system: You are a helpful assistant.
user:
Analyze the provided spectrum to determine if it is a **"Cataclysmic Variables (CV)"**.

- **Key Indicators for CV (Check for either state):**
    - **State 1: Quiescent / Low-State (Emission-Dominated)**
        - **(Primary):** Strong and *very broad* Hydrogen Balmer emission lines (e.g., $H\alpha$ at 6563 Å, $H\beta$ at 4861 Å). The 'broadness' (high velocity dispersion, often FWHM > 1000 km/s) is the key diagnostic, indicating a high-velocity accretion disk.
        - **(Secondary):** Broad neutral Helium (He I) emission lines (e.g., 5876 Å, 6678 Å).
        - **(Key Confirmation):** Presence of high-excitation *ionized* Helium (He II) emission at 4686 Å. This is a strong indicator of accretion onto a white dwarf.
        - **(Line Profile):** Emission lines may exhibit a 'double-peaked' profile, which is a classic signature of a rotating accretion disk viewed at high inclination.

    - **State 2: Outburst / High-State (Absorption-Dominated)**
        - **(Primary):** Spectrum is dominated by a bright, blue continuum (looks like a hot star).
        - **(Secondary):** The emission lines from State 1 are weak, absent, or 'filled in', and are replaced by broad, shallow *absorption* lines (primarily Balmer and He I).
        - **(Morphology):** The overall spectrum mimics a hot B/A-type star. The crucial difference is that the absorption lines are significantly broader, shallower, and more 'washed-out' (or 'smeared') than the sharp lines of a normal stellar photosphere, due to high rotational speeds and pressure broadening in the disk.

Think first, call **spectral_visualization_tool** if needed to examine features in detail, then provide your final answer. Your response must adhere to the following strict rules:
1.  **Overall Structure:** Your response must follow the format `<think>...</think> <tool_call>...</tool_call> (if a tool is used) <answer>...</answer>`.
2.  **Tool Usage Constraint:** You may only make **one** tool call per turn.
3.  **Final Answer Format:** In the `<answer>` tag, your conclusion must be inside a `\boxed{}` command (e.g., `\boxed{YES}`), followed by your justification.

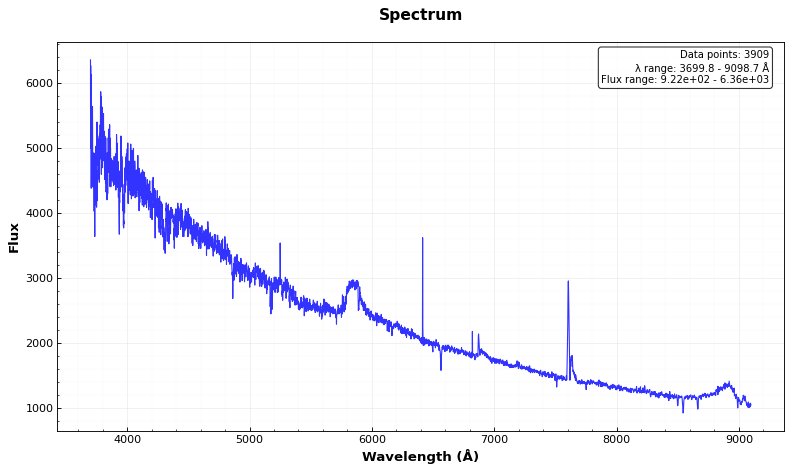
Answer: NO